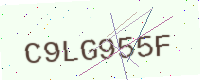
Text: C9LG955F